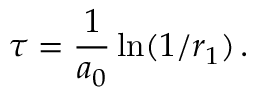
\tau = \frac { 1 } { a _ { 0 } } \ln ( 1 / r _ { 1 } ) \, .